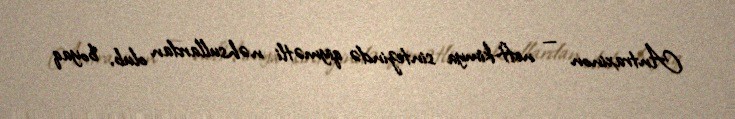
Antraxinon — neft-kimya sintezində qiymətli nəhsullardan olub, boyaq